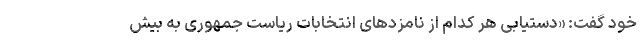
خود گفت: «دستیابی هر کدام از نامزدهای انتخابات ریاست جمهوری به بیش